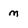
Character: m